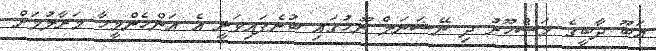
އަބޫ ދާބީގެ މަޝްހޫރު ދި ނޭޝަނަލް ނޫހުގައި ބުނެފައިވަނީ އެ އަންހެންމީހާ މަރާލުމަށް